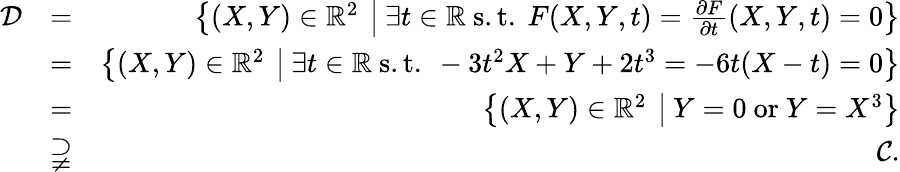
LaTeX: \begin{array}{rlr}{\mathcal{D}}&{=}&{\left\{ (X,Y)\in\mathbb{R}^{2}\: \left|\: \exists t\in\mathbb{R}\mathrm{~s.t.~}F(X,Y,t)=\frac{\partial F}{\partial t}(X,Y,t)=0\right.\right\} }\\ {}&{=}&{\left\{ (X,Y)\in\mathbb{R}^{2}\: \left|\: \exists t\in\mathbb{R}\mathrm{~s.t.~}-3t^{2}X+Y+2t^{3}=-6t(X-t)=0\right.\right\} }\\ {}&{=}&{\left\{ (X,Y)\in\mathbb{R}^{2}\: \left|\: Y=0\mathrm{~or~}Y=X^{3}\right.\right\} }\\ {}&{\supsetneqq}&{\mathcal{C}.}\end{array}